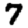
Digit: 7